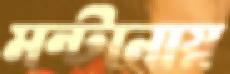
মন্টানায়